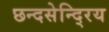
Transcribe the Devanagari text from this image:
छन्दसेन्दि्रय